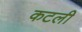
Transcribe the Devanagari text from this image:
कटली